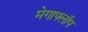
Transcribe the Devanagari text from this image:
मेगाफ्लॉप